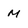
Character: M